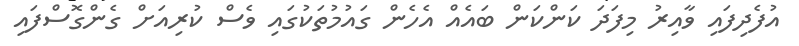
އުފެދިފައި ވާއިރު މިފަދަ ކަންކަން ބައެއް އެހެން ގައުމުތަކުގައި ވެސް ކުރިއަށް ގެންގޮސްފައި